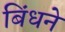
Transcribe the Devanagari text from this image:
बिंधने